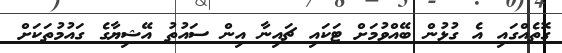
ގޮތެއްގައި އެ ގުޅުން ބޭއްވުމަށް ޓަކައި ޗައިނާ އިން ސައުތު އޭޝިޔާގެ ގައުމުތަކަށް